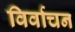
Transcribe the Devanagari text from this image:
विर्वाचन